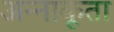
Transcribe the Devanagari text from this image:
अन्‍नाकूता